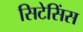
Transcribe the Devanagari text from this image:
सिटेसिंस